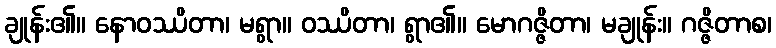
ချုန်း၏။ နောဝဿိတာ၊ မရွာ။ ဝဿိတာ၊ ရွာ၏။ မောဂဇ္ဇိတာ၊ မချုန်း။ ဂဇ္ဇိတာစ၊